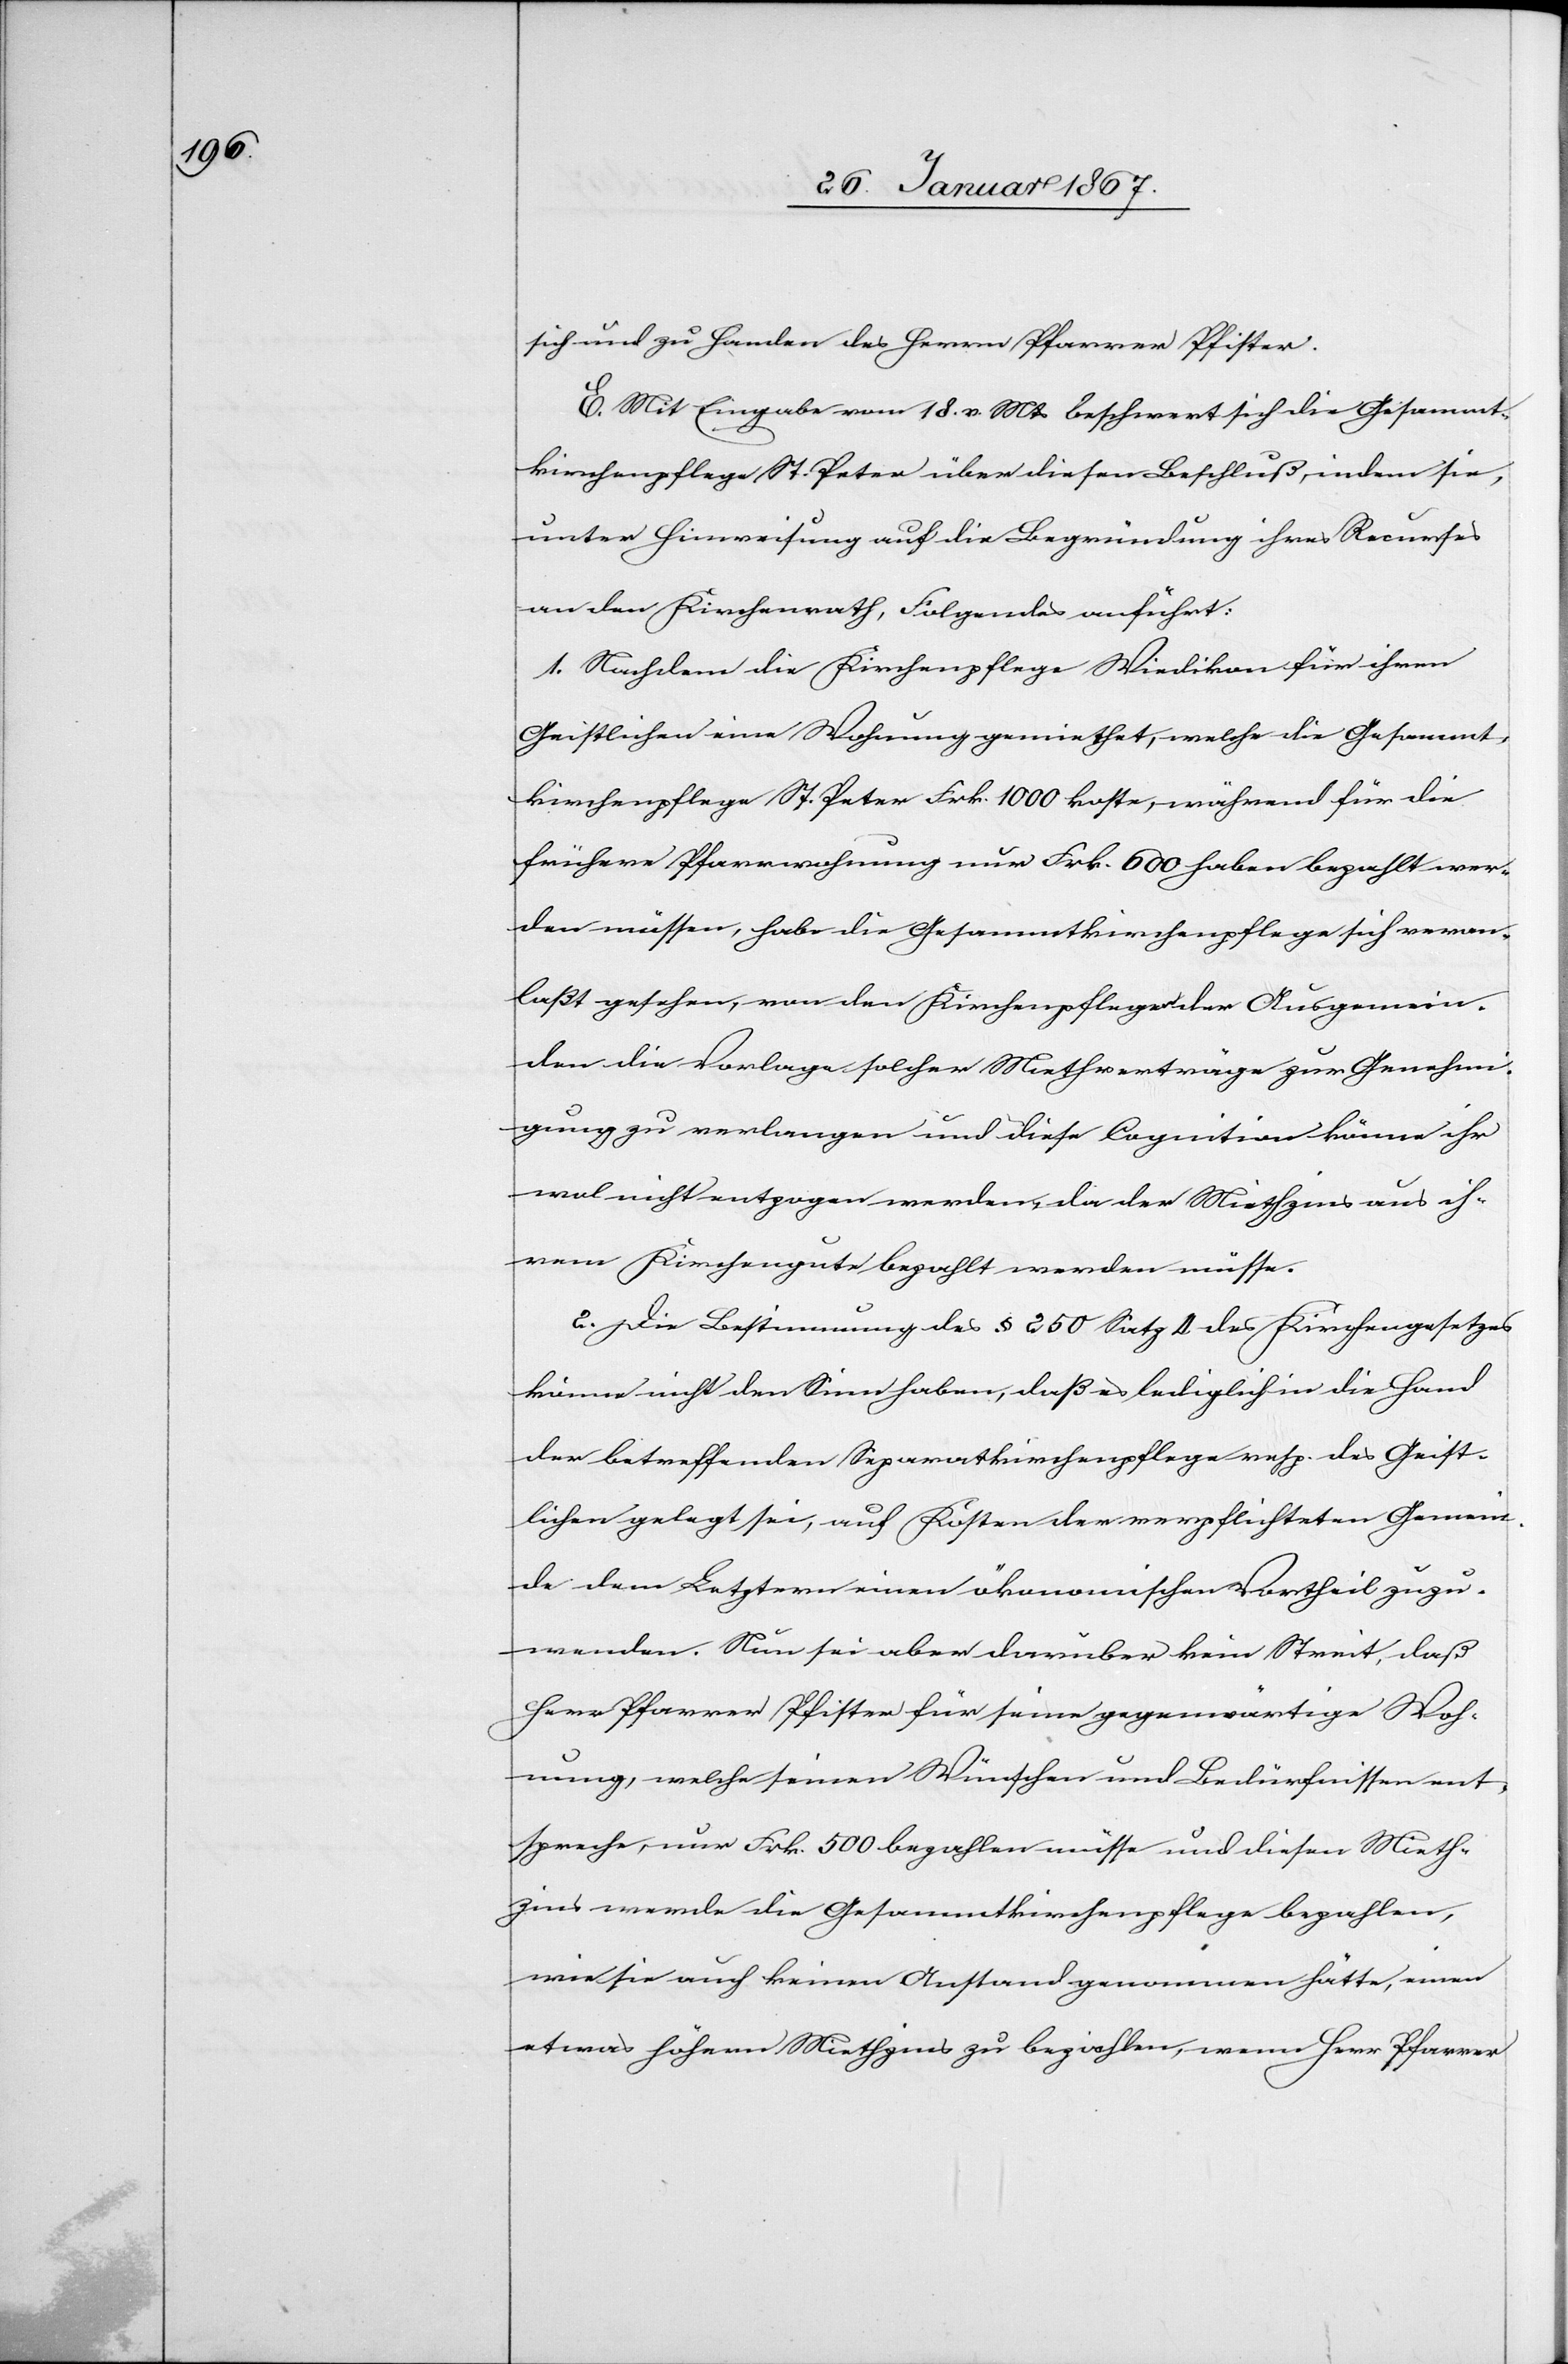
sich und zu Handen des Herrn Pfarrer Pfister.
E. Mit Eingabe vom 18. v. Mts beschwert sich die Gesammt¬
kirchenpflege St. Peter über diesen Beschluß, indem sie,
unter Hinweisung auf die Begründung ihres Recurses
an den Kirchenrath, Folgendes anführt:
1. Nachdem die Kirchenpflege Wiedikon für ihren
Geistlichen eine Wohnung gemiethet, welche die Gesammt¬
kirchenpflege St. Peter Frk. 1000 koste, während für die
frühere Pfarrerwohnung nur Frk. 600 haben bezahlt wer¬
den müssen, habe die Gesammtkirchenpflege sich veran¬
laßt gesehen, von den Kirchenpflegen der Ausgemein¬
den die Vorlage solcher Mietherträge zur Genehmi¬
gung zu verlangen und diese Cognition könne ihr
wol nicht entzogen werden, da der Miethzins aus ih¬
rem Kirchengute bezahlt werden müsse.
2. Die Bestimmung des § 250 Satz 4 des Kirchengesetzes
könne nicht den Sinn haben, daß es lediglich in die Hand
der betreffenden Separatkirchenpflege resp. des Geist¬
lichen gelegt sei, auf Kosten der verpflichteten Gemein¬
de dem Letztern einen ökonomischen Vortheil zuzu¬
wenden. Nun sei aber darüber kein Streit, daß
Herr Pfarrer Pfister für seine gegenwärtige Woh¬
nung, welche seinen Wünschen und Bedürfnissen ent¬
spreche, nur Frk. 500 bezahlen müsse und diesen Mieth¬
zins werde die Gesammtkirchenpflege bezahlen,
wie sie auch keinen Anstand genommen hätte, einen
etwas höhern Miethzins zu bezahlen, wenn Herr Pfarrer